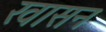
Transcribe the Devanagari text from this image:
खासन